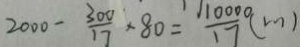
2 0 0 0 - \frac { 3 0 0 } { 1 7 } \times 8 0 = \frac { 1 0 0 0 0 } { 1 7 } ( m )